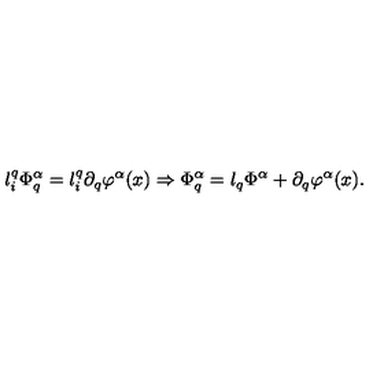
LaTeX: l _ { i } ^ { q } \Phi _ { q } ^ { \alpha } = l _ { i } ^ { q } \partial _ { q } \varphi ^ { \alpha } ( x ) \Rightarrow \Phi _ { q } ^ { \alpha } = l _ { q } \Phi ^ { \alpha } + \partial _ { q } \varphi ^ { \alpha } ( x ) .